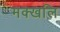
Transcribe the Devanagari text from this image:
मक्खलि